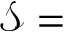
\mathcal { S } =